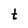
Character: t